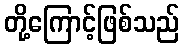
တို့ကြောင့်ဖြစ်သည်